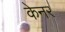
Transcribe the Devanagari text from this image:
केनर